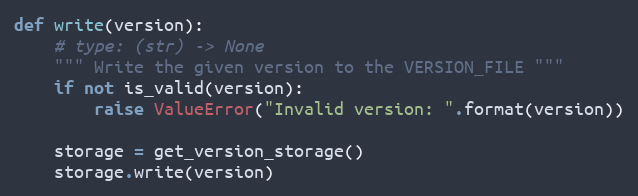
Language: Python
def write(version):
    # type: (str) -> None
    """ Write the given version to the VERSION_FILE """
    if not is_valid(version):
        raise ValueError("Invalid version: ".format(version))

    storage = get_version_storage()
    storage.write(version)